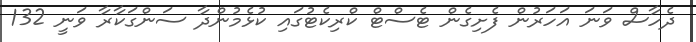
ދެހާސް ވަނަ އަހަރުން ފެށިގެން ޓެސްޓް ކްރިކެޓުގައި ކުޅެމުންދާ ސަންގަކާރާ ވަނީ 132